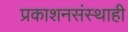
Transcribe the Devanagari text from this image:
प्रकाशनसंस्थाही